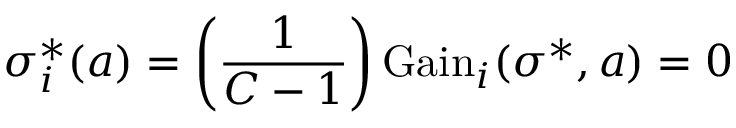
\sigma _ { i } ^ { * } ( a ) = \left( { \frac { 1 } { C - 1 } } \right) { \mathrm { G a i n } } _ { i } ( \sigma ^ { * } , a ) = 0